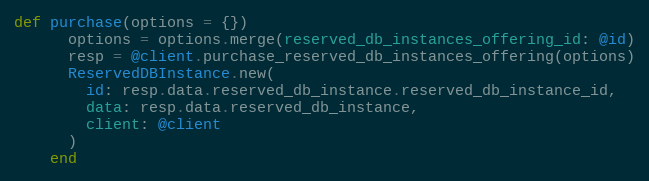
Language: Ruby
def purchase(options = {})
      options = options.merge(reserved_db_instances_offering_id: @id)
      resp = @client.purchase_reserved_db_instances_offering(options)
      ReservedDBInstance.new(
        id: resp.data.reserved_db_instance.reserved_db_instance_id,
        data: resp.data.reserved_db_instance,
        client: @client
      )
    end